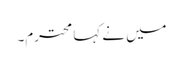
میں نے کہا محترم۔